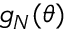
g _ { N } ( \theta )